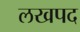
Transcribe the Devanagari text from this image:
लखपद